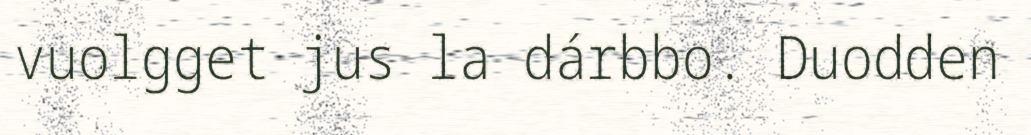
vuolgget jus la dárbbo. Duodden